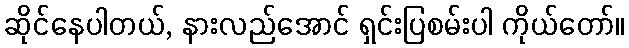
ဆိုင်နေပါတယ်, နားလည်အောင် ရှင်းပြစမ်းပါ ကိုယ်တော်။